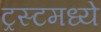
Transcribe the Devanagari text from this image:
ट्रस्टमध्ये